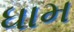
ધામ